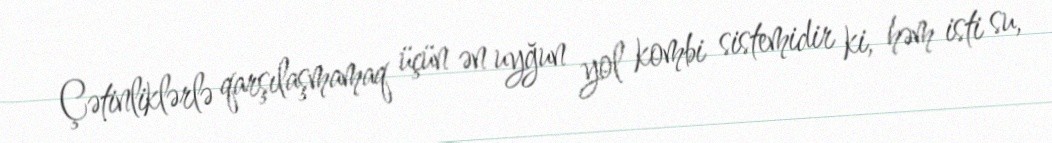
Çətinliklərlə qarşılaşmamaq üçün ən uyğun yol kombi sistemidir ki, həm isti su,